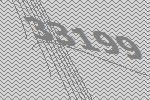
33199